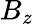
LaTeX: B_{z}